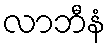
လာဘီနံ